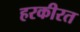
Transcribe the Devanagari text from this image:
हरकीरत